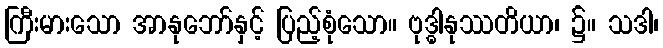
ကြီးမားသော အာနုဘော်နှင့် ပြည့်စုံသော။ ဗုဒ္ဓါနုဿတိယာ၊ ၌။ သဒါ၊